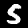
Digit: 5